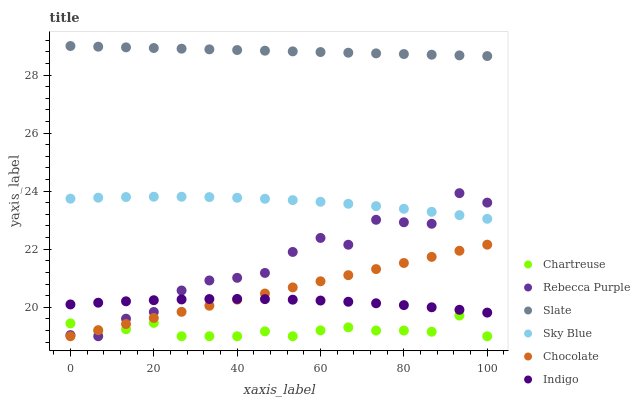
| xaxis_label | Chartreuse | Rebecca Purple | Slate | Sky Blue | Chocolate | Indigo |
 | --- | --- | --- | --- | --- | --- | --- |
 | 0 | 19.4 | 19 | 29 | 23.7 | 19 | 20.1 |
 | 6.67 | 19.2 | 19 | 29 | 23.8 | 19.2 | 20.2 |
 | 13.3 | 19.2 | 19.6 | 29 | 23.8 | 19.4 | 20.2 |
 | 20 | 19.5 | 19.8 | 28.9 | 23.8 | 19.6 | 20.2 |
 | 26.7 | 19 | 20.6 | 28.9 | 23.8 | 19.8 | 20.3 |
 | 33.3 | 19 | 20.9 | 28.9 | 23.8 | 20.1 | 20.3 |
 | 40 | 19 | 21 | 28.9 | 23.8 | 20.3 | 20.3 |
 | 46.7 | 19.2 | 21.2 | 28.8 | 23.7 | 20.5 | 20.3 |
 | 53.3 | 19 | 21.9 | 28.8 | 23.7 | 20.7 | 20.3 |
 | 60 | 19.2 | 22.4 | 28.8 | 23.6 | 20.9 | 20.2 |
 | 66.7 | 19.3 | 22.2 | 28.8 | 23.6 | 21.1 | 20.2 |
 | 73.3 | 19.2 | 23 | 28.7 | 23.5 | 21.3 | 20.1 |
 | 80 | 19.2 | 22.9 | 28.7 | 23.4 | 21.5 | 20.1 |
 | 86.7 | 19.2 | 22.9 | 28.7 | 23.3 | 21.7 | 20 |
 | 93.3 | 19.7 | 23.9 | 28.7 | 23.2 | 21.9 | 19.9 |
 | 100 | 19 | 23.6 | 28.7 | 23 | 22.2 | 19.8 |